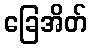
ခြေအိတ်